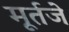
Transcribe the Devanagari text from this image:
मूर्तजे